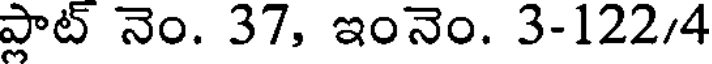
ప్లాట్ నెం. 37, ఇంనెం. 3-122/4